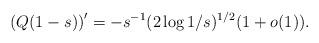
LaTeX: \begin{align*}\left( Q(1-s)\right) ^{\prime }=-s^{-1}(2\log 1/s)^{1/2}(1+o(1)).\end{align*}